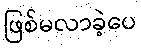
ဖြစ်မလာခဲ့ပေ